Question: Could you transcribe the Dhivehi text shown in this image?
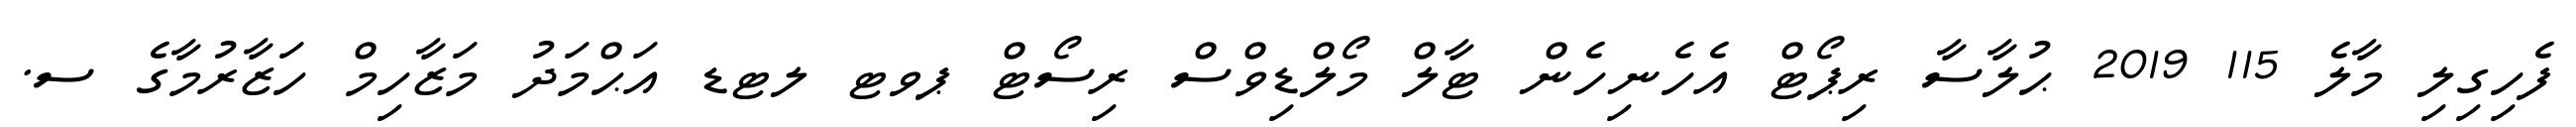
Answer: ފެހިގިލި މާލެ 115 2019 ޙުލާސާ ރިޕޯޓް އެހެނިހެން ޓާލް މޯލްޑިވްސް ރިސޯޓް ޕވޓ ލޓޑ އަޙްމަދު މަޒާހިމް ހަޒާރުމާގެ ސ.